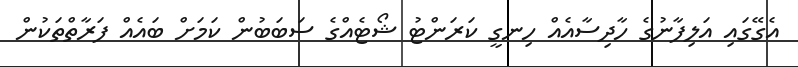
އެގޭގައި އަލިފާނުގެ ހާދިސާއެއް ހިނގީ ކަރަންޓު ޝޯޓެއްގެ ސަބަބުން ކަމަށް ބައެއް ފަރާތްތަކުން